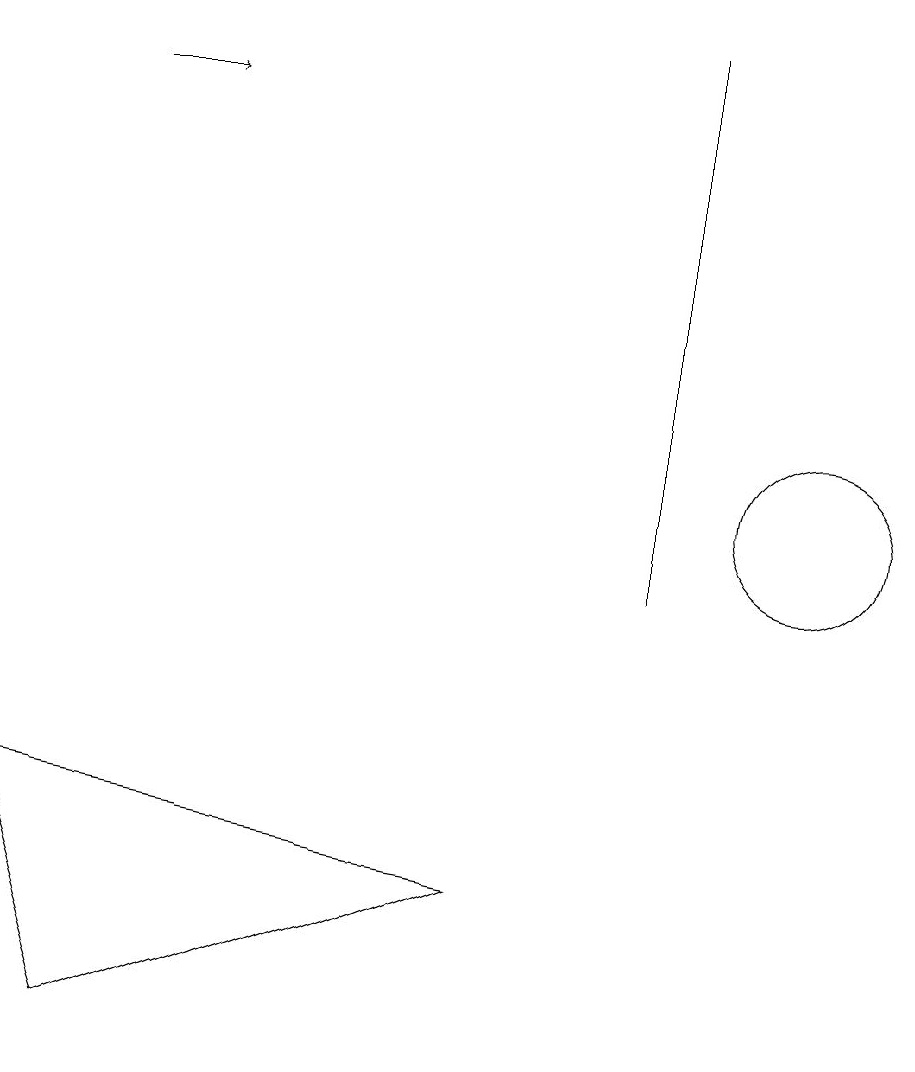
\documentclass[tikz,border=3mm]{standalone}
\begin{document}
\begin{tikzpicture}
\draw (8,10) rectangle (8,17);
\draw (10,11) circle (1);
\draw (0,7) -- (6,6) -- (1,4) -- cycle;
\draw[->] (1,16) -- (2,16);
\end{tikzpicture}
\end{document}